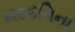
મદદવિના